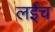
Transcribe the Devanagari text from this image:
लईच